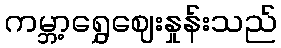
ကမ္ဘာ့ရွှေဈေးနှုန်းသည်